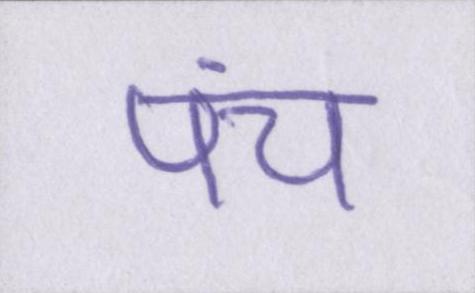
पंच